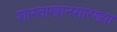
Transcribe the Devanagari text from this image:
शास्ताखानसारख्या